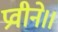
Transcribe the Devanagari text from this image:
प्रवीने।।